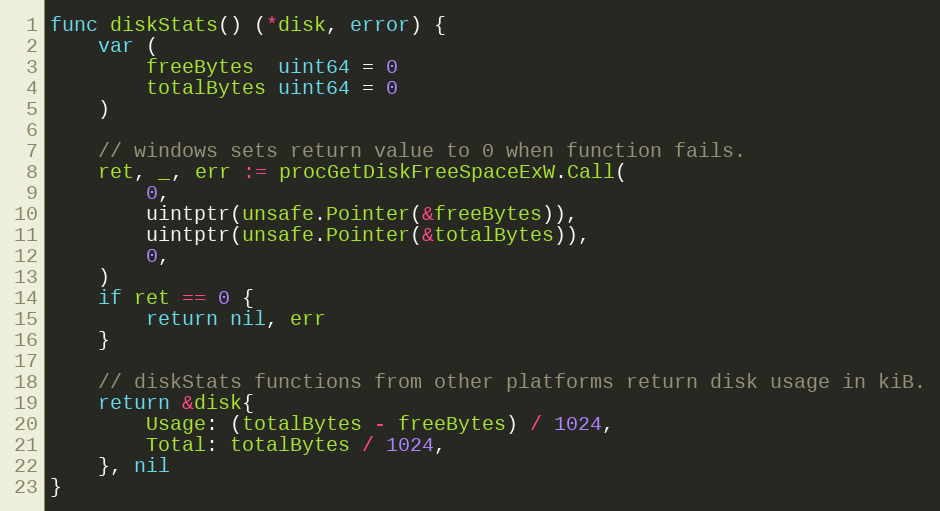
Language: Go
func diskStats() (*disk, error) {
	var (
		freeBytes  uint64 = 0
		totalBytes uint64 = 0
	)

	// windows sets return value to 0 when function fails.
	ret, _, err := procGetDiskFreeSpaceExW.Call(
		0,
		uintptr(unsafe.Pointer(&freeBytes)),
		uintptr(unsafe.Pointer(&totalBytes)),
		0,
	)
	if ret == 0 {
		return nil, err
	}

	// diskStats functions from other platforms return disk usage in kiB.
	return &disk{
		Usage: (totalBytes - freeBytes) / 1024,
		Total: totalBytes / 1024,
	}, nil
}